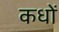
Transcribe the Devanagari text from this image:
कधों